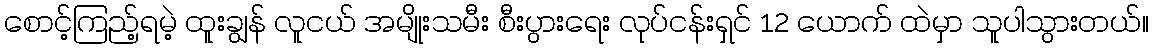
စောင့်ကြည့်ရမဲ့ ထူးချွန် လူငယ် အမျိုးသမီး စီးပွားရေး လုပ်ငန်းရှင် 12 ယောက် ထဲမှာ သူပါသွားတယ်။